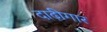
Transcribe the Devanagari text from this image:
दाढ़ीगार